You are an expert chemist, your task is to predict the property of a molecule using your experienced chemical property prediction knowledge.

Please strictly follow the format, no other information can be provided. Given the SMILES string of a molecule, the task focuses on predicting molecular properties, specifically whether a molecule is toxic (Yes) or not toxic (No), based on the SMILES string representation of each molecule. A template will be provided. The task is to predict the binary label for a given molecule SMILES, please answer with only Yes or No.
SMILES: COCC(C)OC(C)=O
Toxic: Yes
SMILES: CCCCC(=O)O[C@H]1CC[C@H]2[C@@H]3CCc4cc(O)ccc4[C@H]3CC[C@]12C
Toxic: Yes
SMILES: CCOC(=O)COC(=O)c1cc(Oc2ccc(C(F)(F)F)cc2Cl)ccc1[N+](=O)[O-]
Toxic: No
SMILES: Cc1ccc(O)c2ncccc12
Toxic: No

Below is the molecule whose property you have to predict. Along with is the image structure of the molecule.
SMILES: O=NN1CCCC1
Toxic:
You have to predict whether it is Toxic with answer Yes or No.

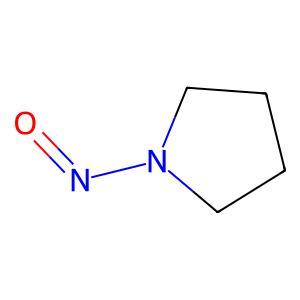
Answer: No